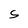
Character: S